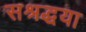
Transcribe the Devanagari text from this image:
सश्रद्धया